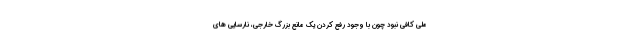
ملی کافی نبود چون با وجود رفع کردن یک مانع بزرگ خارجی، نارسایی های